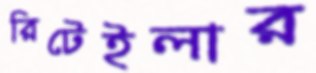
রিটেইলার